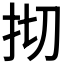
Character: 𢪃